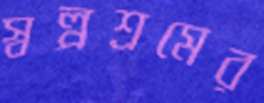
স্বল্পশ্রমের